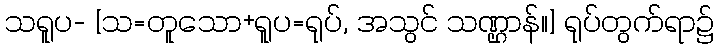
သရူပ- [သ=တူသော+ရူပ=ရုပ်, အသွင် သဏ္ဌာန်။] ရုပ်တွက်ရာ၌